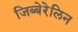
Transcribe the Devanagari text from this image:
जिब्बेरेलिन